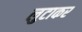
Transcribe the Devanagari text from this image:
लुटाकर